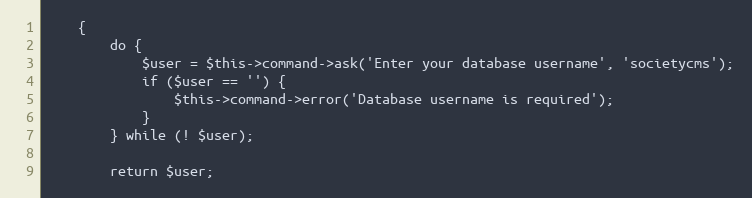
Language: PHP
    {
        do {
            $user = $this->command->ask('Enter your database username', 'societycms');
            if ($user == '') {
                $this->command->error('Database username is required');
            }
        } while (! $user);

        return $user;